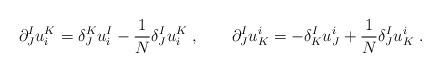
LaTeX: \begin{align*}\partial^I_J u^K_i=\delta^K_J u^I_i - {1\over N}\delta^{I}_J u^K_i \;,\qquad\partial^I_J u^i_K=-\delta^I_K u^i_J + {1\over N}\delta^{I}_J u^i_K\; .\end{align*}